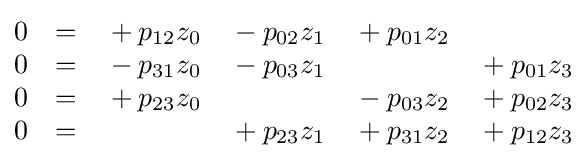
{\begin{matrix}0&=&{}+p_{12}z_{0}&{}-p_{02}z_{1}&{}+p_{01}z_{2}&\\0&=&{}-p_{31}z_{0}&{}-p_{03}z_{1}&&{}+p_{01}z_{3}\\0&=&{}+p_{23}z_{0}&&{}-p_{03}z_{2}&{}+p_{02}z_{3}\\0&=&&{}+p_{23}z_{1}&{}+p_{31}z_{2}&{}+p_{12}z_{3}\end{matrix}}